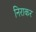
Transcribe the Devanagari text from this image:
निराकर